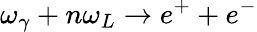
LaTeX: \omega_{\gamma}+n\omega_{L}\rightarrow e^{+}+e^{-}